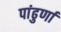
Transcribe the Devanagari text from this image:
पांढुर्णा